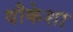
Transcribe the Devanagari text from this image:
वौकेशा